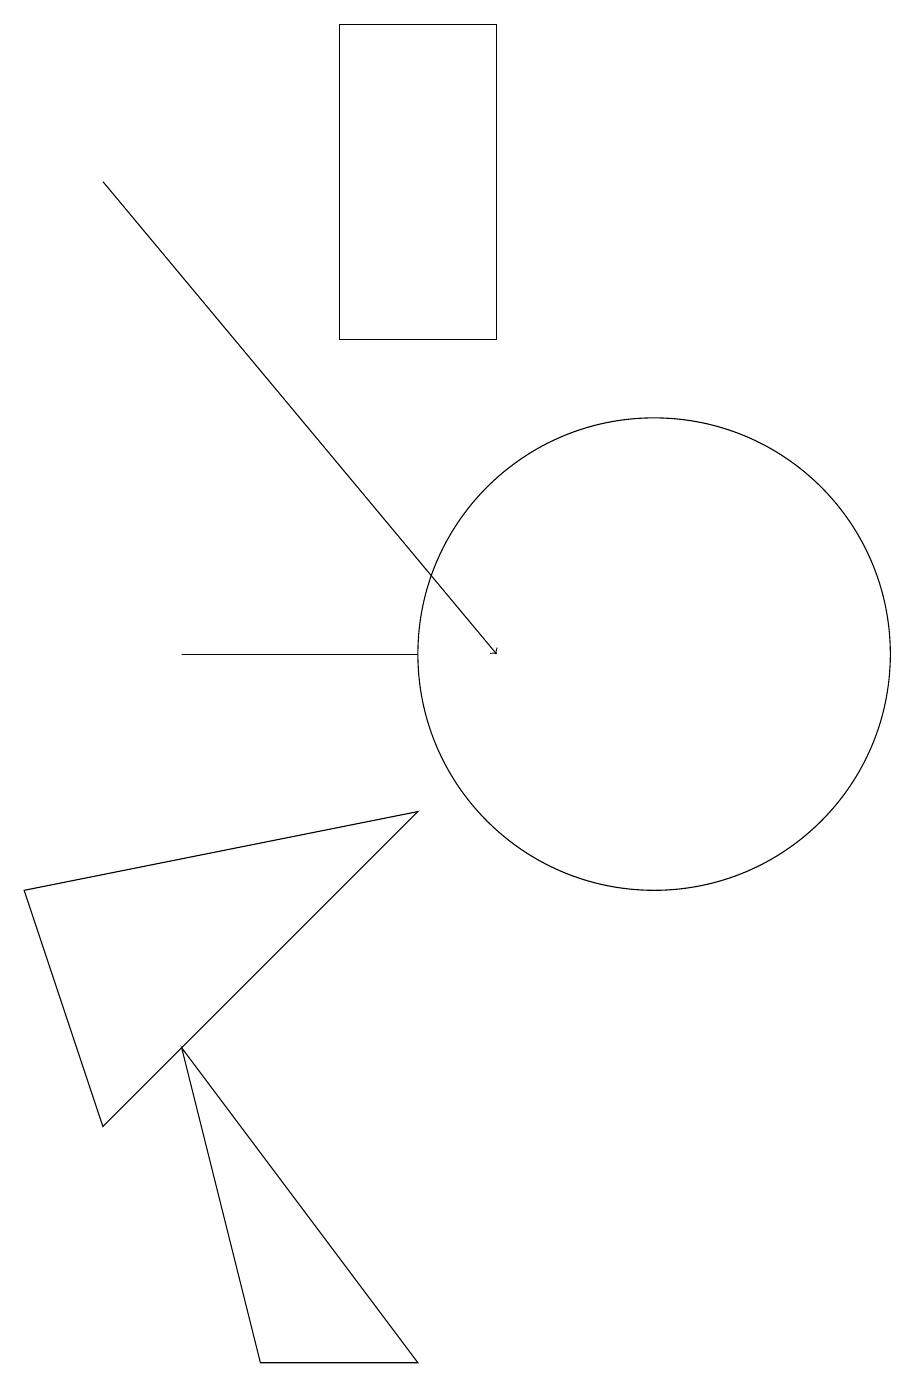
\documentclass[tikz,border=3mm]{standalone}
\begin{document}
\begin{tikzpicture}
\draw (8,8) -- (4,4) -- (3,7) -- cycle;
\draw (6,1) -- (5,5) -- (8,1) -- cycle;
\draw (5,10) rectangle (8,10);
\draw (7,18) rectangle (9,14);
\draw[->] (4,16) -- (9,10);
\draw (11,10) circle (3);
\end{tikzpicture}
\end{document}